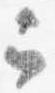
云